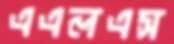
এএলএস